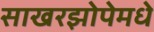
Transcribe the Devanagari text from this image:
साखरझोपेमधे